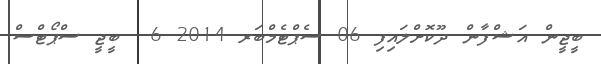
ބީޖީން އަޝްފާން ދޫކޮށްލައިފި 06 ސެޕްޓެމްބަރ 2014 6  ބީޖީ ސްޕޯޓްސް